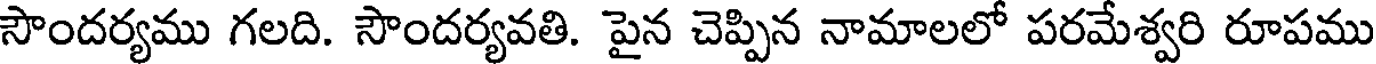
సౌందర్యము గలది. సౌందర్యవతి. పైన చెప్పిన నామాలలో పరమేశ్వరి రూపము